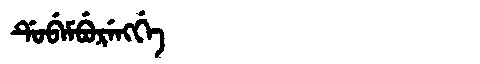
Manchu: ᡩᡠᠪᡝᠮᠪᡠᡵᡝᠩᡤᡝ
Romanization: DUBEMBURENGGE